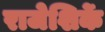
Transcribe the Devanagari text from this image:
राजेशिर्के